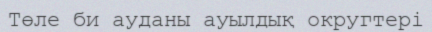
Төле би ауданы ауылдық округтері